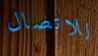
للاتصال